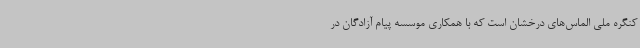
کنگره ملی الماس‌های درخشان است که با همکاری موسسه پیام آزادگان در